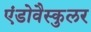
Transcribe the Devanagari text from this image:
एंडोवैस्कुलर